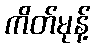
ကိတ်မုန့်